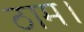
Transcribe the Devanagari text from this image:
ठाम।